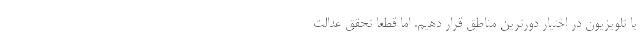
یا تلویزیون در اختیار دورترین مناطق قرار دهیم. اما قطعا تحقق عدالت